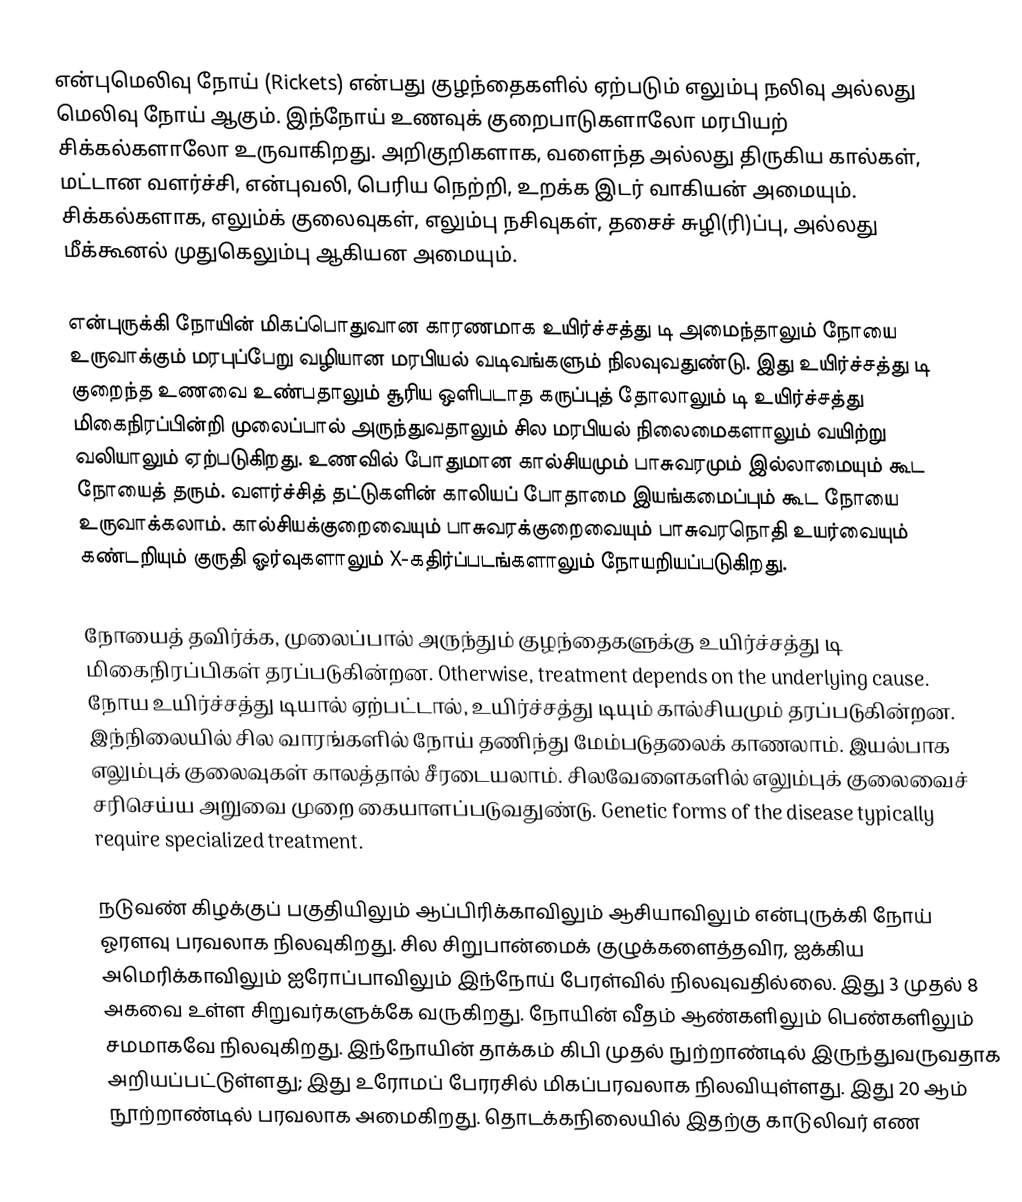
என்புமெலிவு நோய் (Rickets)  என்பது குழந்தைகளில் ஏற்படும் எலும்பு நலிவு அல்லது மெலிவு நோய் ஆகும்.  இந்நோய் உணவுக் குறைபாடுகளாலோ மரபியற் சிக்கல்களாலோ உருவாகிறது.  அறிகுறிகளாக, வளைந்த அல்லது திருகிய கால்கள், மட்டான வளர்ச்சி, என்புவலி, பெரிய நெற்றி,  உறக்க இடர்  வாகியன் அமையும். சிக்கல்களாக, எலும்க் குலைவுகள், எலும்பு நசிவுகள்,  தசைச் சுழி(ரி)ப்பு, அல்லது மீக்கூனல் முதுகெலும்பு  ஆகியன அமையும்.

என்புருக்கி நோயின் மிகப்பொதுவான காரணமாக உயிர்ச்சத்து டி அமைந்தாலும்  நோயை உருவாக்கும் மரபுப்பேறு வழியான மரபியல் வடிவங்களும் நிலவுவதுண்டு.  இது உயிர்ச்சத்து டி குறைந்த உணவை உண்பதாலும் சூரிய ஒளிபடாத கருப்புத் தோலாலும் டி உயிர்ச்சத்து மிகைநிரப்பின்றி முலைப்பால் அருந்துவதாலும் சில மரபியல் நிலைமைகளாலும் வயிற்று வலியாலும்  ஏற்படுகிறது.  உணவில் போதுமான கால்சியமும் பாசுவரமும் இல்லாமையும் கூட நோயைத் தரும். வளர்ச்சித் தட்டுகளின் காலியப் போதாமை இயங்கமைப்பும் கூட நோயை உருவாக்கலாம். கால்சியக்குறைவையும் பாசுவரக்குறைவையும் பாசுவரநொதி உயர்வையும் கண்டறியும் குருதி ஓர்வுகளாலும் X-கதிர்ப்படங்களாலும் நோயறியப்படுகிறது.

நோயைத் தவிர்க்க, முலைப்பால் அருந்தும் குழந்தைகளுக்கு உயிர்ச்சத்து டி மிகைநிரப்பிகள் தரப்படுகின்றன. Otherwise, treatment depends on the underlying cause. நோய உயிர்ச்சத்து டியால் ஏற்பட்டால், உயிர்ச்சத்து டியும் கால்சியமும் தரப்படுகின்றன.  இந்நிலையில் சில வாரங்களில் நோய் தணிந்து மேம்படுதலைக் காணலாம். இயல்பாக எலும்புக் குலைவுகள் காலத்தால் சீரடையலாம். சிலவேளைகளில் எலும்புக் குலைவைச் சரிசெய்ய அறுவை முறை கையாளப்படுவதுண்டு. Genetic forms of the disease typically require specialized treatment.

நடுவண் கிழக்குப் பகுதியிலும் ஆப்பிரிக்காவிலும் ஆசியாவிலும் என்புருக்கி நோய் ஓரளவு பரவலாக நிலவுகிறது. சில சிறுபான்மைக் குழுக்களைத்தவிர, ஐக்கிய அமெரிக்காவிலும் ஐரோப்பாவிலும் இந்நோய் பேரள்வில் நிலவுவதில்லை.  இது 3 முதல் 8 அகவை உள்ள சிறுவர்களுக்கே வருகிறது. நோயின் வீதம் ஆண்களிலும் பெண்களிலும் சமமாகவே நிலவுகிறது. இந்நோயின் தாக்கம் கிபி முதல் நுற்றாண்டில் இருந்துவருவதாக அறியப்பட்டுள்ளது;  இது  உரோமப் பேரரசில் மிகப்பரவலாக நிலவியுள்ளது. இது 20 ஆம் நூற்றாண்டில் பரவலாக அமைகிறது. தொடக்கநிலையில் இதற்கு காடுலிவர் எண